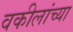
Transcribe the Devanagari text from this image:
वकीलांच्या